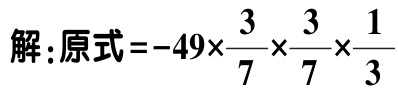
解：原式\(=-49\times\frac{3}{7}\times\frac{3}{7}\times\frac{1}{3}\)